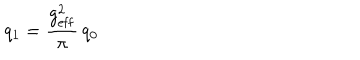
q _ { 1 } = { \frac { g _ { \mathrm { e f f } } ^ { 2 } } { \pi } } \, q _ { 0 }